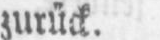
zurück.